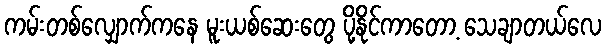
ကမ်းတစ်လျှောက်ကနေ မူးယစ်ဆေးတွေ ပို့နိုင်ကာတော့ သေချာတယ်လေ